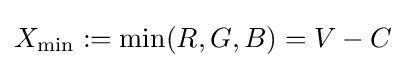
X_{\text{min}}:=\min(R,G,B)=V-C